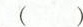
()